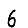
Digit: 6